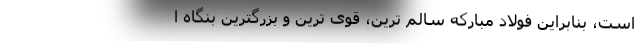
است، بنابراین فولاد مبارکه سالم ترین، قوی ترین و بزرگترین بنگاه ا